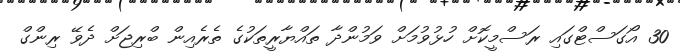
30 އޯގަސްޓްގައި ރަސްމީކޮށް ހުޅުވުމަށް ވަމުންދާ ތައްޔާރީތަކުގެ ތެރެއިން ބްރިޖަށް ދެވޭ ރިންގް